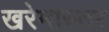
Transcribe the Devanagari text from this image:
खरेमास्तर